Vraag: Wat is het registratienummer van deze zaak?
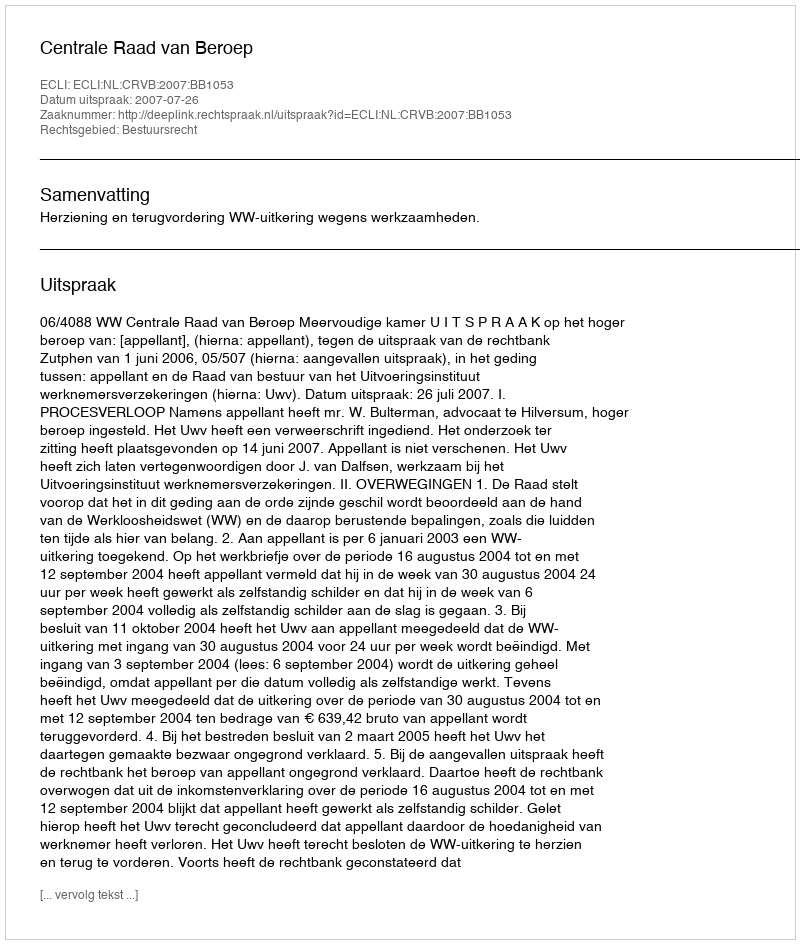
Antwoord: http://deeplink.rechtspraak.nl/uitspraak?id=ECLI:NL:CRVB:2007:BB1053